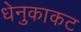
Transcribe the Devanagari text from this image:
धेनुकाकट